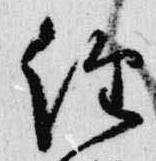
経